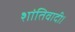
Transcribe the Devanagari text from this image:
शांतिवादी।